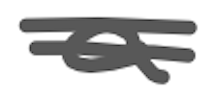
Text: a
Cross-out: double-line
Writing tool: digital_gray